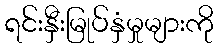
ရင်းနှီးမြုပ်နှံမှုများကို